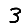
Digit: 3